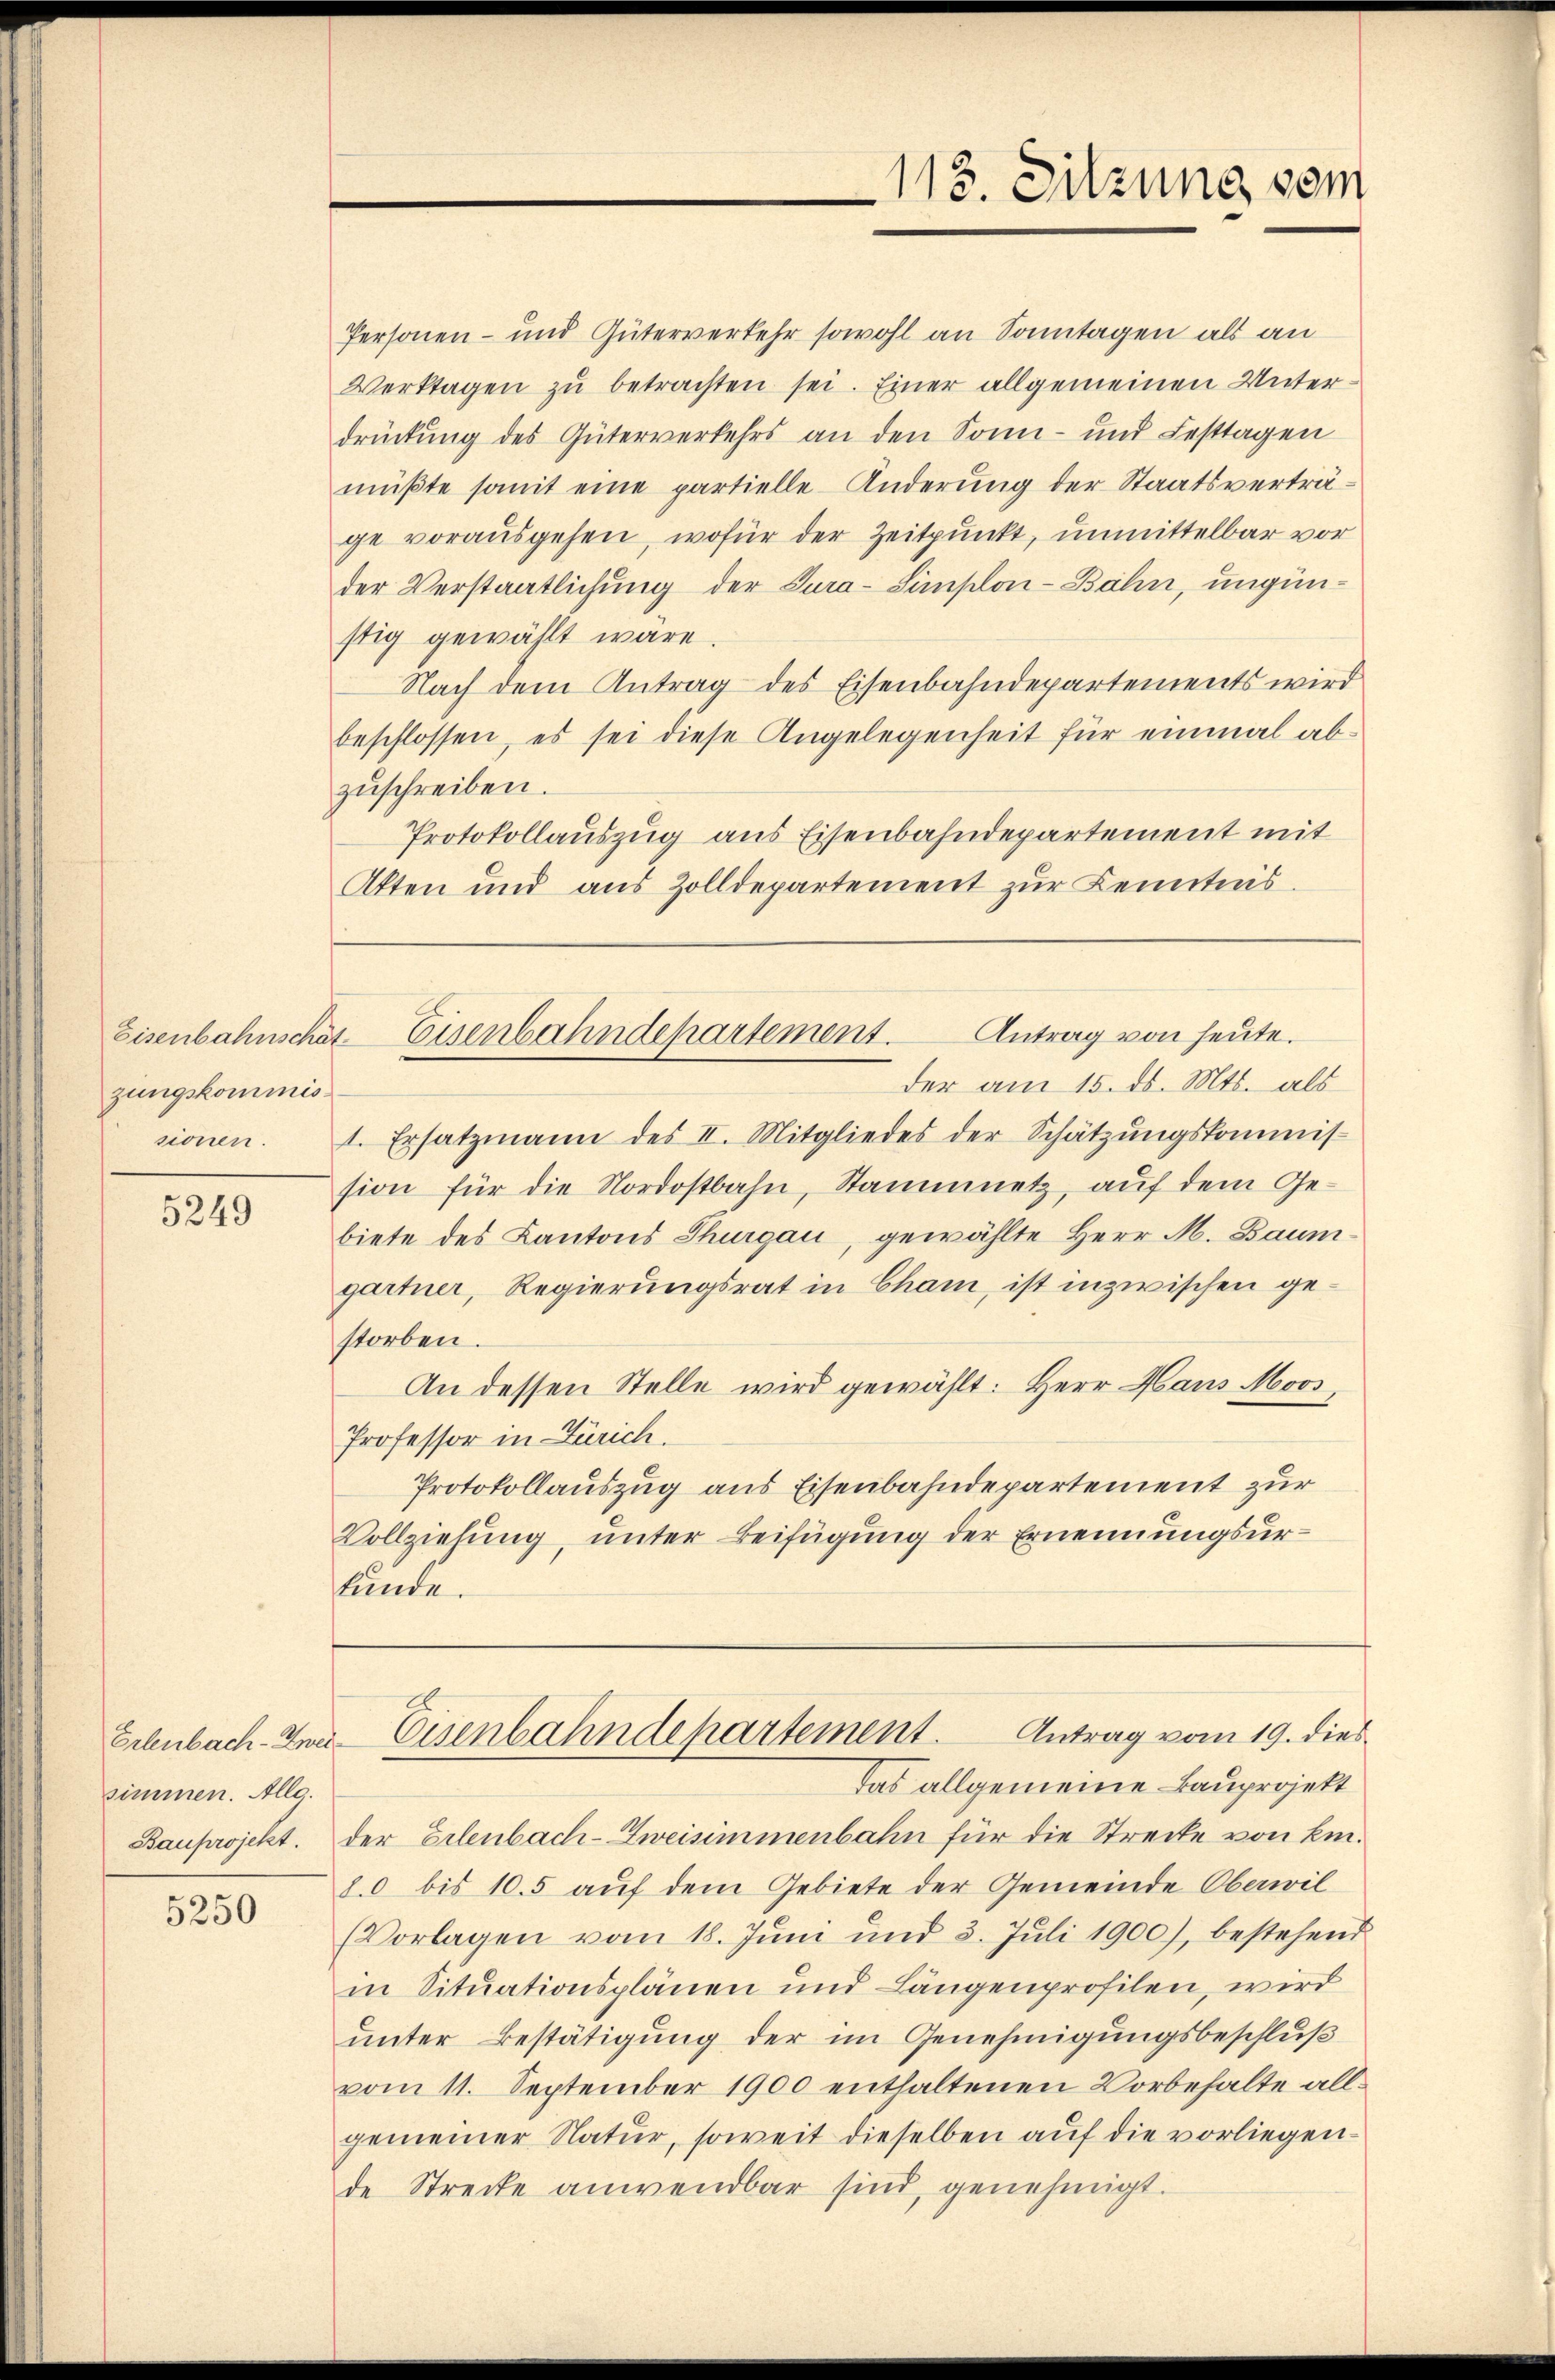
Eisenbahnschät
zungskommissionen.

5249

simmen. Allg.
Bauprojekt.

5250

Personen- und Güterverkehr sowohl an Sonntagen als an
Verktagen zŭ betrachten sei. Einer allgemeinen Unterdrückung des Güterverkehrs an den Sonn- und Festtagen
müßte somit eine partielle Änderung der Staatsverträge vorausgehen, wofür der Zeitpunkt, unmittelbar vor
der Verstaatlichung der Cura-Simplon-Bahn, ungünstig gewählt wäre.
Nach dem Antrag des Eisenbahndepartements wird
beschlossen, es sei diese Angelegenheit für einmal abzŭschreiben.
Protokollauszug aus Eisenbahndepartement mit
Atten und aus Zolldepartement zur Kenntnis.

der am 15. ds. Mts. als
1. Ersatzmann des II. Mitgliedes der Schätzŭngskommis-
sion für die Nordostbahn, Stammetz, auf dem Gebiete des Kantons Thurgau, gewählte Herr M. Baumgartner, Regierungsrat in Cham, ist inzwischen gestorben.
An dessen Stelle wird gewählt: Herr Haus Moos,
Professor in Zürich.
Protokollauszug aus Eisenbahndepartement zur
Vollziehung, unter Beifügung der Ernennungsurstunde.

113. Sitzung vom

Antrag von heute.
Eisenbahndepartement.

Erlenbach- Zna-Eisenbahndepartement. Antrag vom 19. dies

das allgemeine Bauprojekt
der Erlenbach-Zweisimmenbahn für die Strecke von Ein¬
10 bis 105 auf dem Gebiete der Gemeinde Oberwil
Vorlagen vom 18. Juni und 3. Juli 1900), bestehend
in Situationsplänen und Längenprofilen, wird
unter Bestätigung der im Genehmigungsbeschluß
vom 11. September 1900 enthaltenen Vorbehalte allgemeiner Natur, soweit dieselben auf die vorliegende Strecke anwendbar sind, genehmigt.